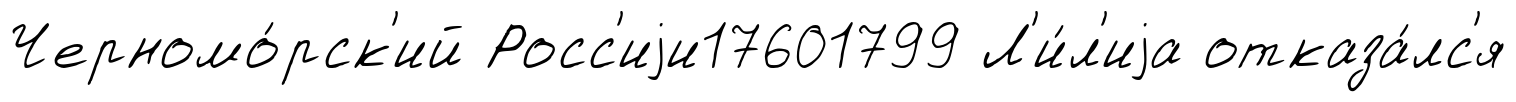
Черномо́рск'ий Росс'иjи17601799 Л'и́л'иjа отказа́лс'я